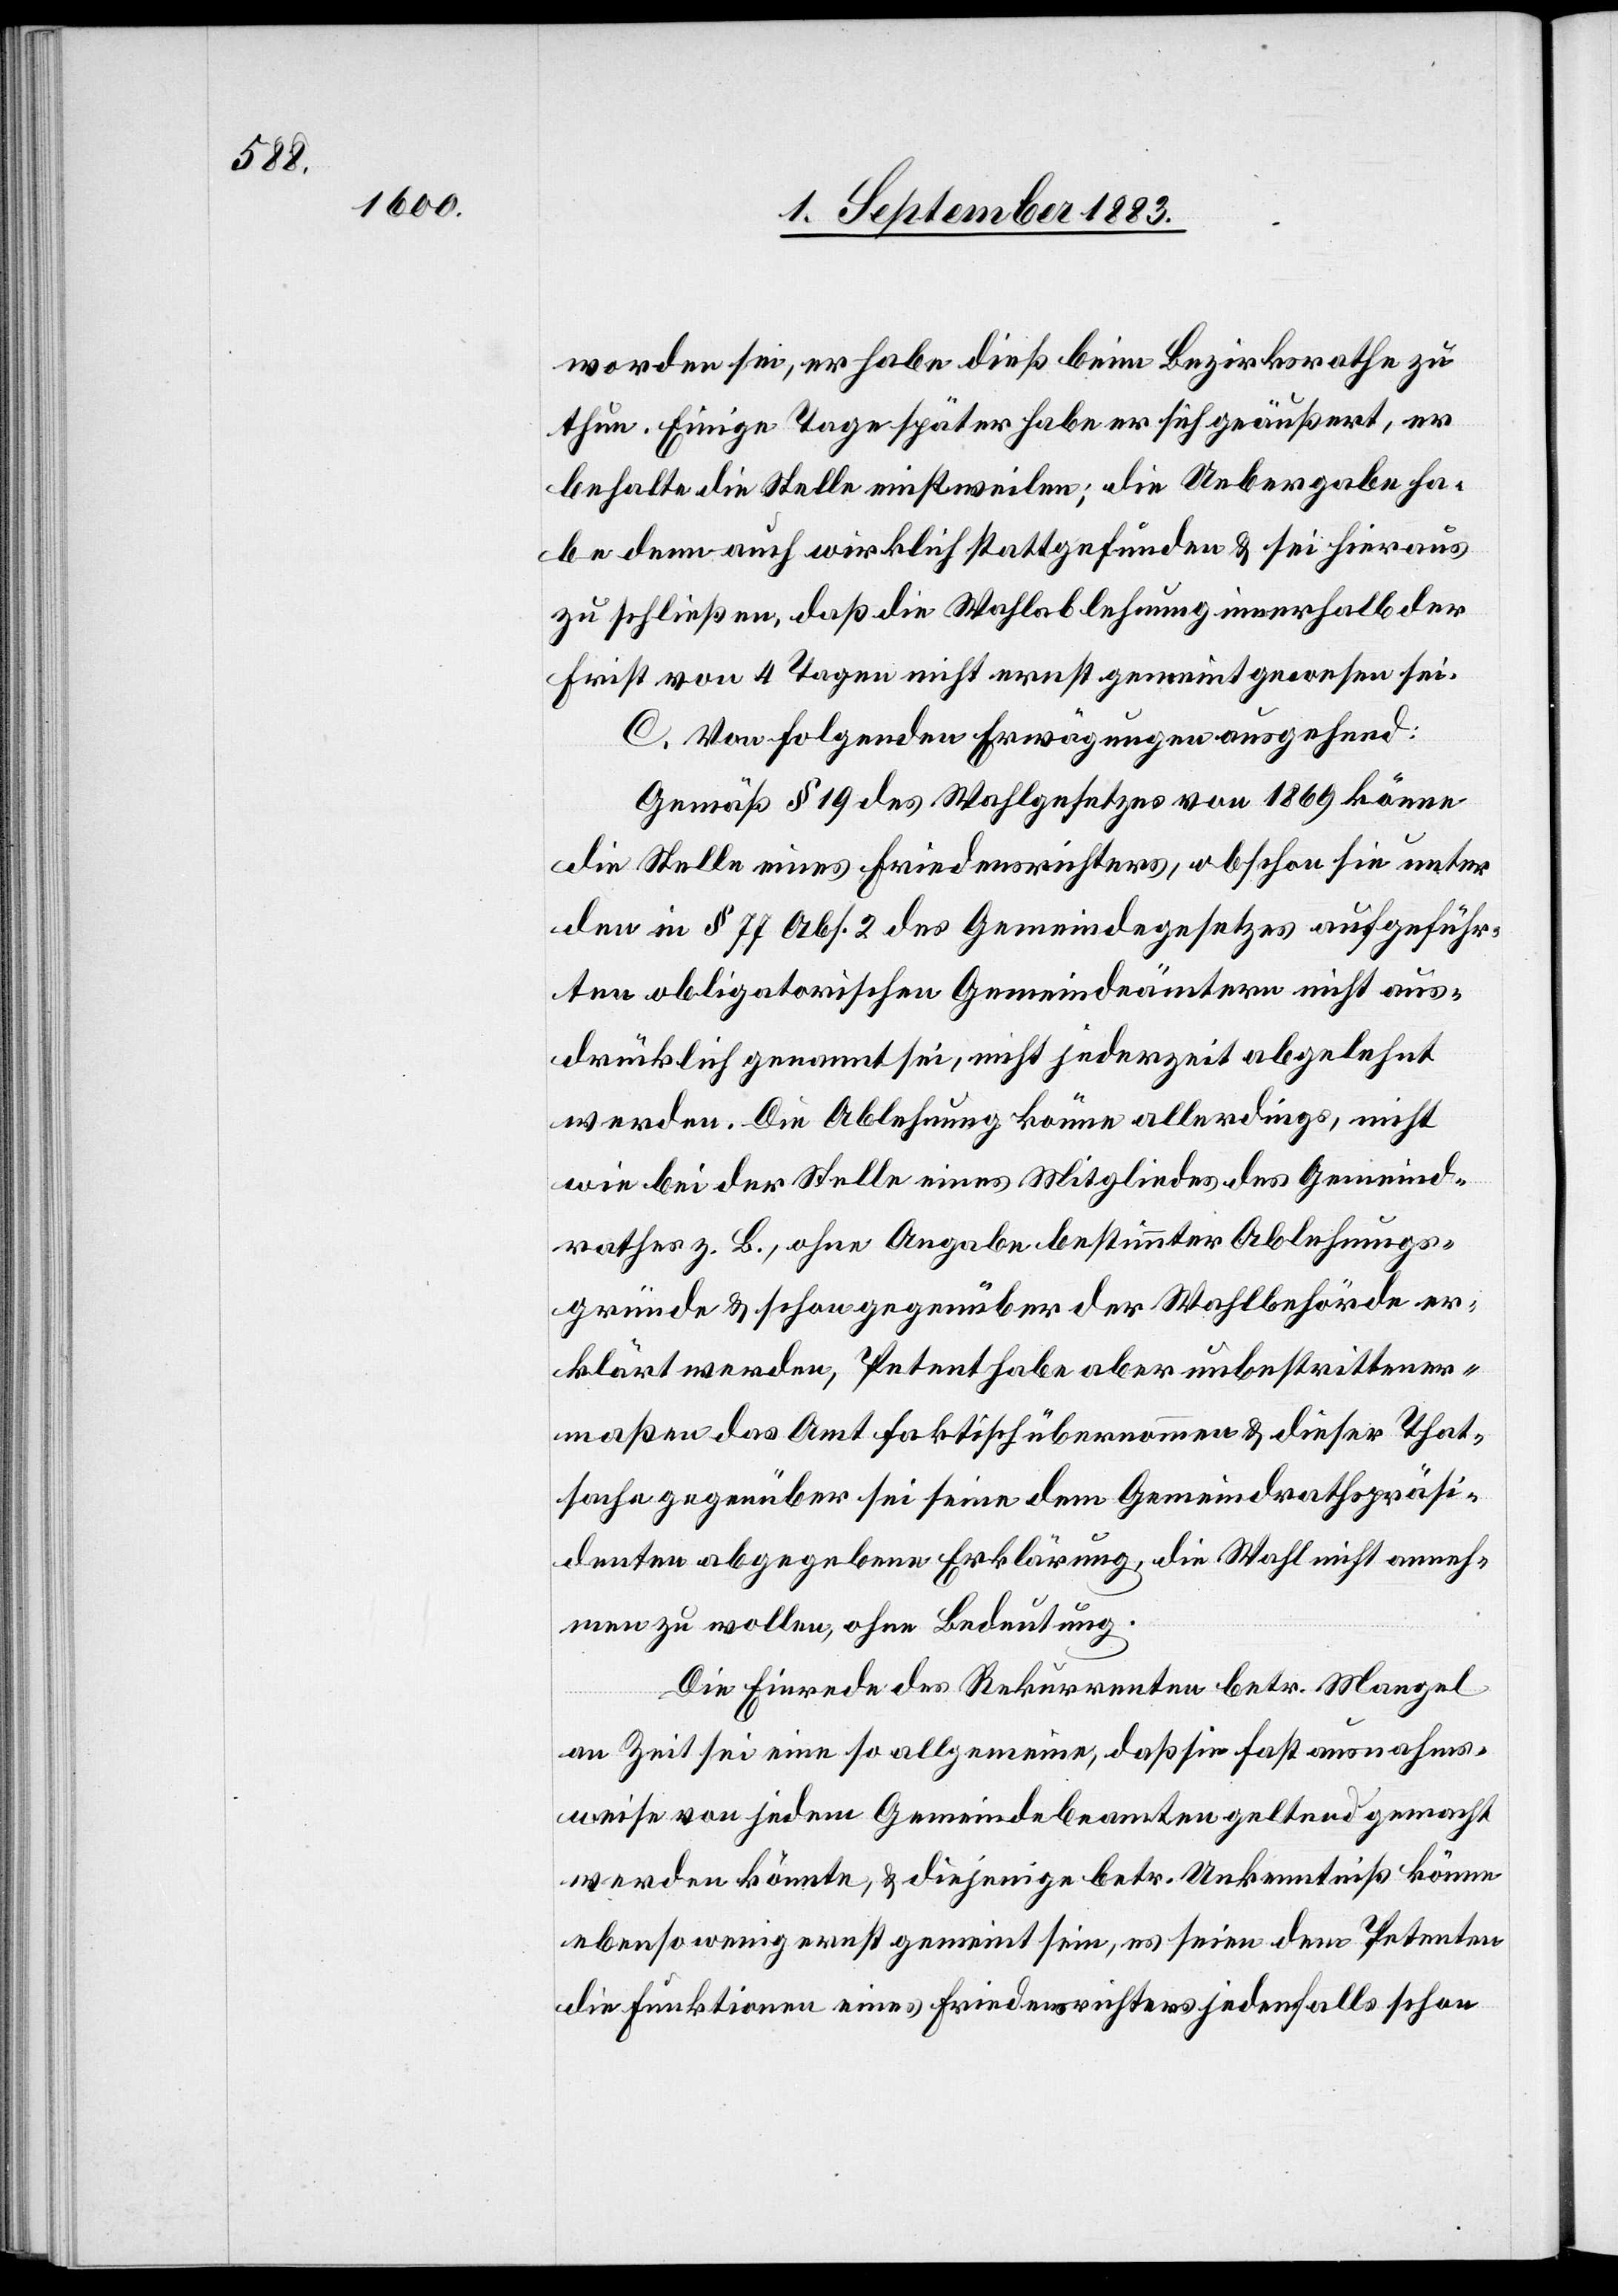
worden sei, er habe dieß beim Bezirksrathe zu
thun. Einige Tage später habe er sich geäußert, er
behalte die Stelle einstweilen; die Uebergabe ha¬
be denn auch wirklich stattgefunden & sei hieraus
zu schließen, daß die Wahlablehnung innerhalb der
Frist von 4 Tagen nicht ernst gemeint gewesen sei.
C. Von folgenden Erwägungen ausgehend:
Gemäß § 19 des Wahlgesetzes von 1869 könne
die Stelle eines Friedensrichters, obschon sie unter
den in § 77 Abs. 2 des Gemeindegesetzes aufgeführ¬
ten obligatorischen Gemeindeämtern nicht aus¬
drücklich genannt sei, nicht jederzeit abgelehnt
werden. Die Ablehnung könne allerdings, nicht
wie bei der Stelle eines Mitgliedes des Gemeind¬
rathes z. B., ohne Angabe bestimmter Ablehnungs¬
gründe & schon gegenüber der Wahlbehörde er¬
klärt werden, Petent habe aber unbestrittener¬
maßen das Amt faktisch übernommen & dieser That¬
sache gegenüber sei seine dem Gemeindrathspräsi¬
denten abgegebene Erklärung, die Wahl nicht anneh¬
men zu wollen, ohne Bedeutung.
Die Einrede des Rekurrenten betr. Mangel
an Zeit sei eine so allgemeine, daß sie fast ausnahms¬
weise von jedem Gemeindebeamten geltend gemacht
werden könnte, & diejenige betr. Unkenntniß könne
ebensowenig ernst gemeint sein, es seien dem Petenten
die Funktionen eines Friedensrichters jedenfalls schon